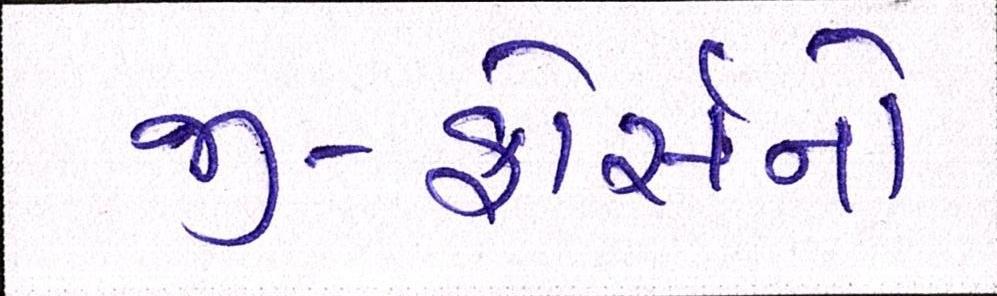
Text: જી-ફોર્સનો